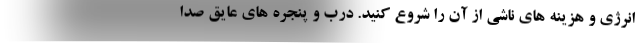
انرژی و هزینه های ناشی از آن را شروع کنید. درب و پنجره های عایق صدا